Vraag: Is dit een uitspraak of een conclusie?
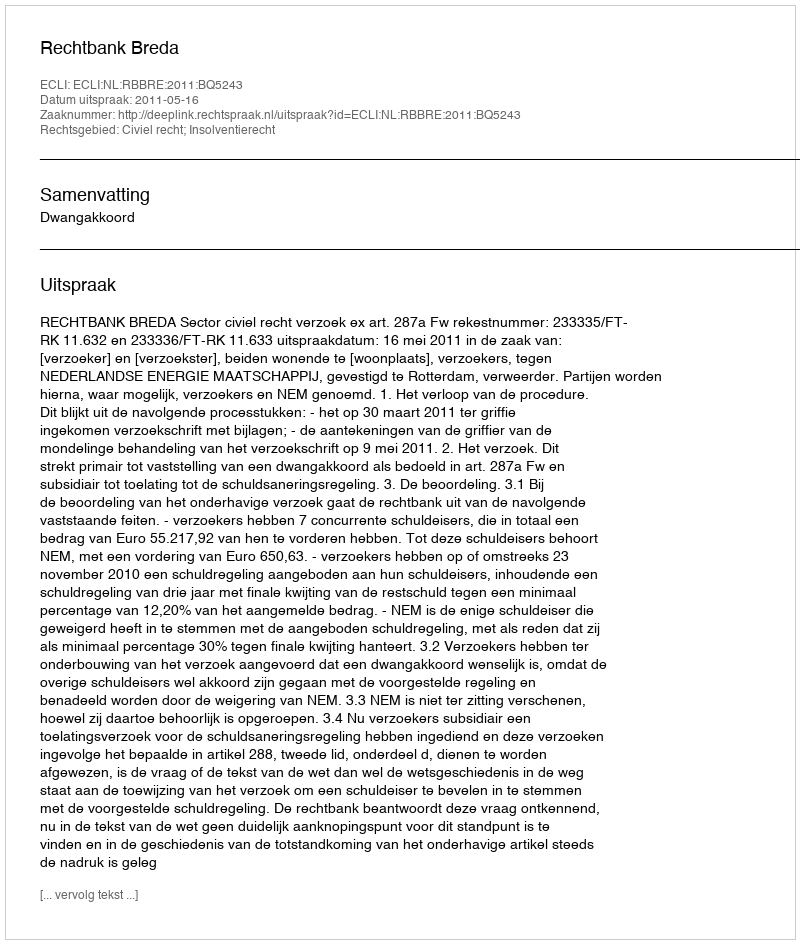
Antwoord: Uitspraak